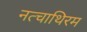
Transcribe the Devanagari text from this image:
नत्चाथिरम